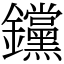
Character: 钂